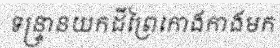
ទន្ទ្រានយកដីព្រៃកោងកាងមក